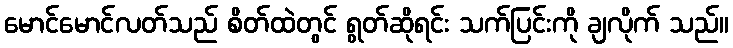
မောင်မောင်လတ်သည် စိတ်ထဲတွင် ရွတ်ဆိုရင်း သက်ပြင်းကို ချလိုက် သည်။